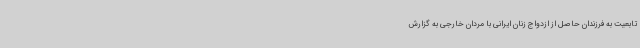
تابعیت به فرزندان حاصل از ازدواج زنان ایرانی با مردان خارجی به گزارش